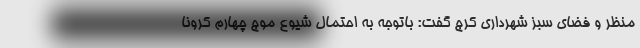
منظر و فضای سبز شهرداری کرج گفت: باتوجه به احتمال شیوع موج چهارم کرونا